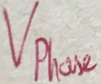
Text: Vphase